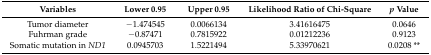
| Variables | Lower 0.95 | Upper 0.95 | Likelihood Ratio of Chi-Square | p Value |
 | --- | --- | --- | --- | --- |
 | Tumor diameter | −1.474545 | 0.0066134 | 3.41616475 | 0.0646 |
 | Fuhrman grade | −0.87471 | 0.7815922 | 0.01212236 | 0.9123 |
 | Somatic mutation in ND1 | 0.0945703 | 1.5221494 | 5.33970621 | 0.0208 ** |